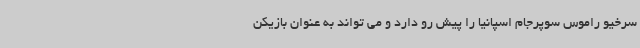
سرخیو راموس سوپرجام اسپانیا را پیش رو دارد و می تواند به عنوان بازیکن